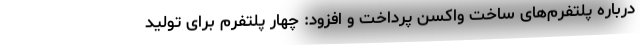
درباره پلتفرم‌های ساخت واکسن پرداخت و افزود: چهار پلتفرم برای تولید